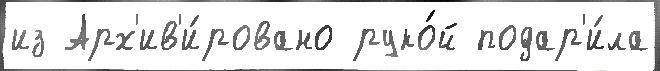
из Арх'ив'и́ровано руко́й подар'и́ла